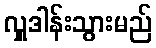
လှူဒါန်းသွားမည်